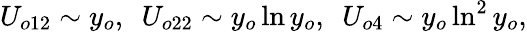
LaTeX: U_{o12}\sim y_{o},\ \ U_{o22}\sim y_{o}\ln y_{o},\ \ U_{o4}\sim y_{o}\ln^{2}y_{o},